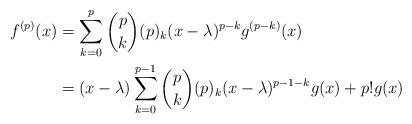
LaTeX: \begin{align*}f^{(p)}(x) & = \sum_{k=0}^p \binom{p}{k} (p)_k (x - \lambda)^{p-k} g^{(p-k)}(x) \\ & = (x - \lambda) \sum_{k=0}^{p-1} \binom{p}{k} (p)_k (x - \lambda)^{p-1-k} g(x) + p! g(x) \end{align*}